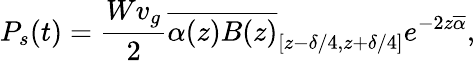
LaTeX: P_{s}(t)=\frac{Wv_{g}}{2}\overline{{\alpha(z)B(z)}}_{[{z-\delta/4},{z+\delta/4}]}e^{-2z\overline{{\alpha}}},